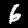
Label: 6